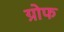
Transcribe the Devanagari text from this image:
ग्रोफ